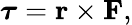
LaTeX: {\boldsymbol{\tau}}=\mathbf{r}\times\mathbf{F},